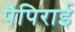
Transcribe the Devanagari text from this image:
पैपिराई